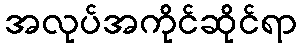
အလုပ်အကိုင်ဆိုင်ရာ